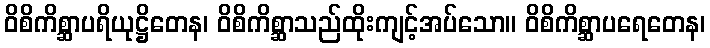
ဝိစိကိစ္ဆာပရိယုဋ္ဌိတေန၊ ဝိစိကိစ္ဆာသည်ထိုးကျင့်အပ်သော။ ဝိစိကိစ္ဆာပရေတေန၊